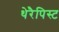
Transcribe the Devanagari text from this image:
थेरैपिस्ट